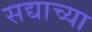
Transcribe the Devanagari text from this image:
सद्याच्या